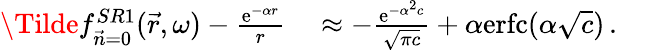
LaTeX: \begin{array}{rlr}{\Tilde{f}_{\vec{n}=0}^{SR1}(\vec{r},\omega)-\frac{\mathrm{e}^{-\alpha r}}{r}}&{{}\approx-\frac{\mathrm{e}^{-\alpha^{2}c}}{\sqrt{\pi c}}+\alpha\mathrm{erfc}(\alpha\sqrt{c})\, .}&{}\end{array}